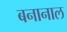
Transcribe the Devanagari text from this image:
बनानाल